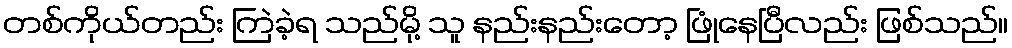
တစ်ကိုယ်တည်း ကြဲခဲ့ရ သည်မို့ သူ နည်းနည်းတော့ ဖြုံနေပြီလည်း ဖြစ်သည်။